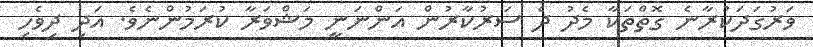
ވަރުގަދަކުރާނެ ގޮތްތަކާ މެދު ދެ ސަރުކާރުން އަންނަނީ މަޝްވަރާ ކުރަމުންނެވެ. އަދި ދިވެހި